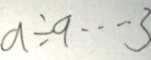
a \div 9 \cdots 3